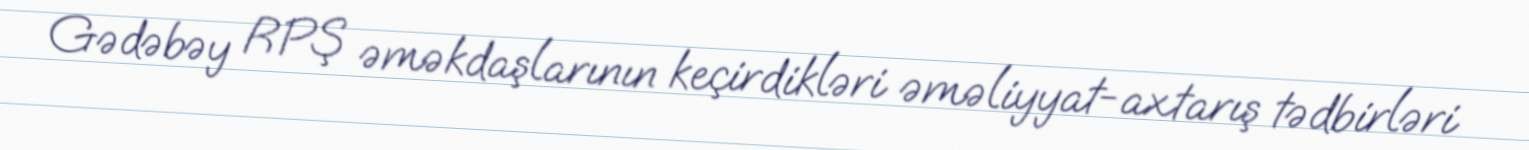
Gədəbəy RPŞ əməkdaşlarının keçirdikləri əməliyyat-axtarış tədbirləri